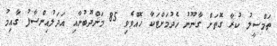
ތަމްސީލު ކުރާ ގޮތަށް ގާނޫނު ހެދުމަށްޓަކާ ހޮއްވެވި 85 މަންދޫބުނާއި އަދަލުއިންސާފު ގާއިމު